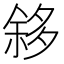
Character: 𱘧